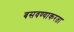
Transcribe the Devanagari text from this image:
बसवण्याकरता